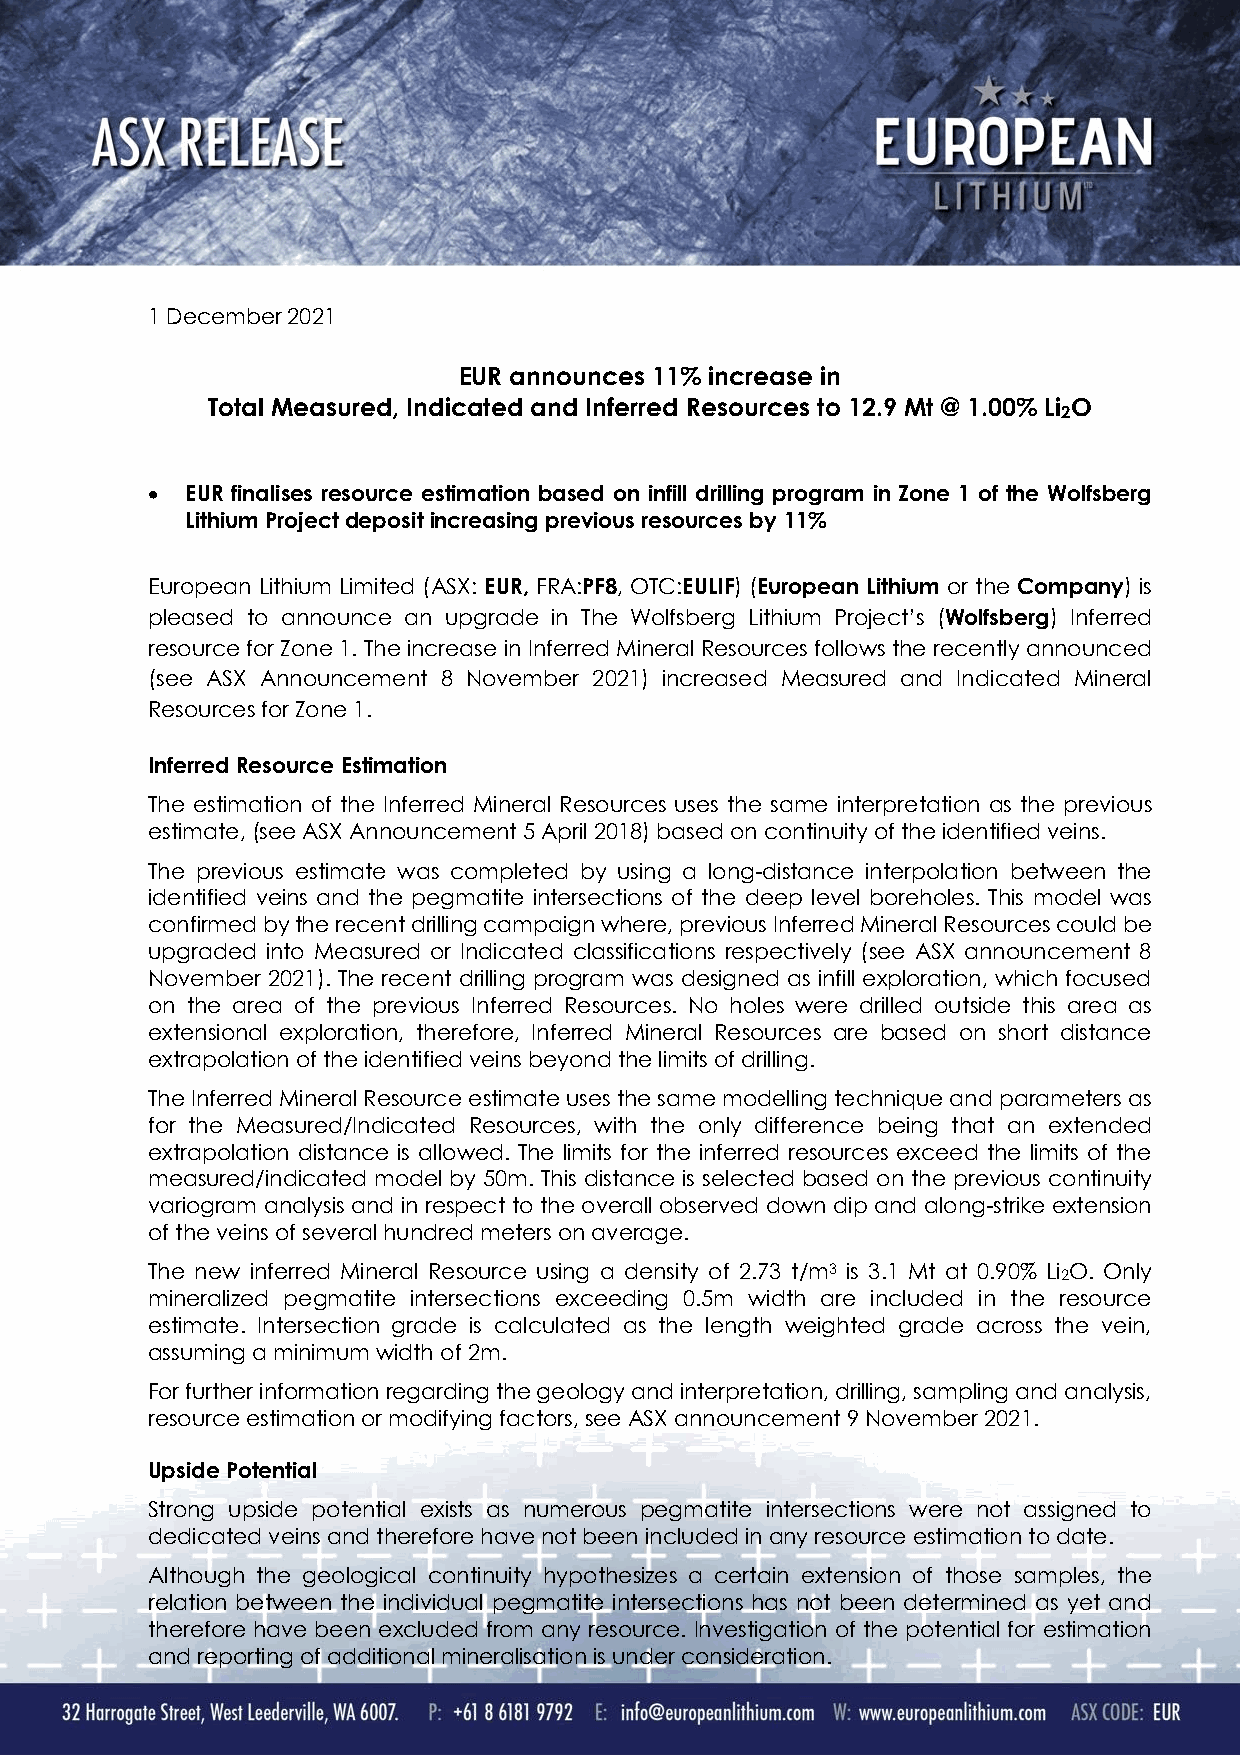
1 December 2021
 EUR announces 11% increase in
 Total Measured, Indicated and Inferred Resources to 12.9 Mt @ 1.00% Li O
 2
 • EUR finalises resource estimation based on infill drilling program in Zone 1 of the Wolfsberg
 Lithium Project deposit increasing previous resources by 11%
 European Lithium Limited (ASX: EUR, FRA:PF8, OTC:EULIF) (European Lithium or the Company) is
 pleased to announce an upgrade in The Wolfsberg Lithium Project’s (Wolfsberg) Inferred
 resource for Zone 1. The increase in Inferred Mineral Resources follows the recently announced
 (see ASX Announcement 8 November 2021) increased Measured and Indicated Mineral
 Resources for Zone 1.
 Inferred Resource Estimation
 The estimation of the Inferred Mineral Resources uses the same interpretation as the previous
 estimate, (see ASX Announcement 5 April 2018) based on continuity of the identified veins.
 The previous estimate was completed by using a long-distance interpolation between the
 identified veins and the pegmatite intersections of the deep level boreholes. This model was
 confirmed by the recent drilling campaign where, previous Inferred Mineral Resources could be
 upgraded into Measured or Indicated classifications respectively (see ASX announcement 8
 November 2021). The recent drilling program was designed as infill exploration, which focused
 on the area of the previous Inferred Resources. No holes were drilled outside this area as
 extensional exploration, therefore, Inferred Mineral Resources are based on short distance
 extrapolation of the identified veins beyond the limits of drilling.
 The Inferred Mineral Resource estimate uses the same modelling technique and parameters as
 for the Measured/Indicated Resources, with the only difference being that an extended
 extrapolation distance is allowed. The limits for the inferred resources exceed the limits of the
 measured/indicated model by 50m. This distance is selected based on the previous continuity
 variogram analysis and in respect to the overall observed down dip and along-strike extension
 of the veins of several hundred meters on average.
 The new inferred Mineral Resource using a density of 2.73 t/m3 is 3.1 Mt at 0.90% Li 2O. Only
 mineralized pegmatite intersections exceeding 0.5m width are included in the resource
 estimate. Intersection grade is calculated as the length weighted grade across the vein,
 assuming a minimum width of 2m.
 For further information regarding the geology and interpretation, drilling, sampling and analysis,
 resource estimation or modifying factors, see ASX announcement 9 November 2021.
 Upside Potential
 Strong upside potential exists as numerous pegmatite intersections were not assigned to
 dedicated veins and therefore have not been included in any resource estimation to date.
 Although the geological continuity hypothesizes a certain extension of those samples, the
 relation between the individual pegmatite intersections has not been determined as yet and
 therefore have been excluded from any resource. Investigation of the potential for estimation
 and reporting of additional mineralisation is under consideration.